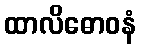
ထာလိဓောဝနံ